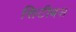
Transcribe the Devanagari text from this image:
सिटीबस